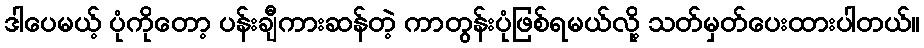
ဒါပေမယ့် ပုံကိုတော့ ပန်းချီကားဆန်တဲ့ ကာတွန်းပုံဖြစ်ရမယ်လို့ သတ်မှတ်ပေးထားပါတယ်။